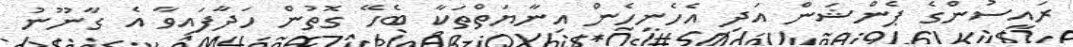
ރައީސުންގެ ޕެންޝަން އަދި އެހެނިހެން އިނާޔަތްތަކާ ބެހޭ ގޮތުން ހަދާފައިވާ އެ ގާނޫނު